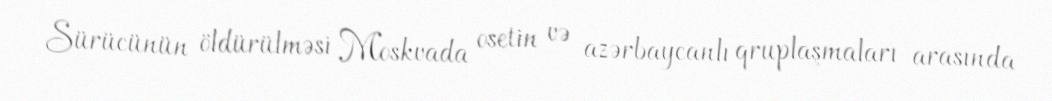
Sürücünün öldürülməsi Moskvada osetin və azərbaycanlı qruplaşmaları arasında